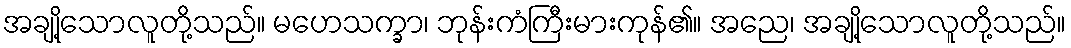
အချို့သောလူတို့သည်။ မဟေသက္ခာ၊ ဘုန်းကံကြီးမားကုန်၏။ အညေ၊ အချို့သောလူတို့သည်။